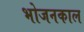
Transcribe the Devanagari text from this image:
भोजनकाल